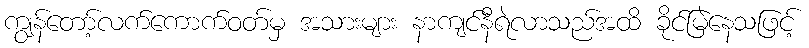
ကျွန်တော့်လက်ကောက်ဝတ်မှ အသားများ နာကျင်နီရဲလာသည်အထိ ခိုင်မြဲနေသဖြင့်